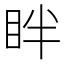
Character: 眫